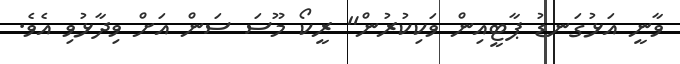
ވާނީ އަޅުގަނޑު ޕާޓީއިން ވަކިކުރުން" ރީކޯ މޫސަ ސަން އަށް ވިދާޅުވި އެވެ.